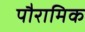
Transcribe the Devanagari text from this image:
पौरामिक